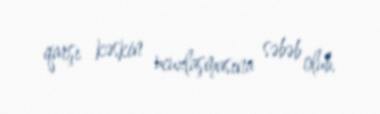
qarşı kəskin ucuzlaşmasına səbəb olub.